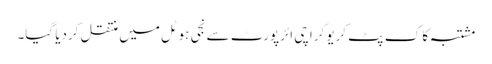
مشتبہ کا ک پٹ کریو کراچی ائرپورٹ سے نجی ہوٹل میں منتقل کردیا گیا۔